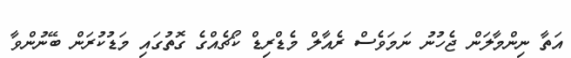
އަތާ ނިންމާލަން ޖެހުނު ނަމަވެސް ރެއާލް މެޑްރިޑް ކޯޗެއްގެ ގޮތުގައި މަޑުކުރަން ބޭނުންވާ